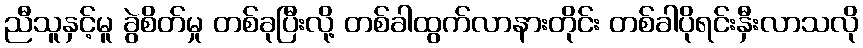
ညီသူနှင့်မူ ခွဲစိတ်မှု တစ်ခုပြီးလို့ တစ်ခါထွက်လာနားတိုင်း တစ်ခါပိုရင်းနှီးလာသလို